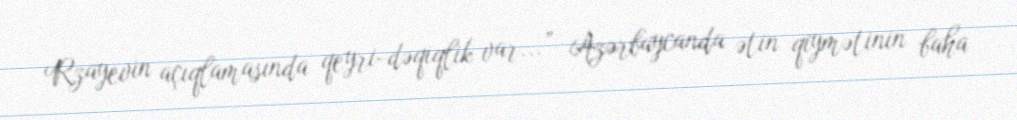
Rzayevin açıqlamasında qeyri-dəqiqlik var...” Azərbaycanda ətin qiymətinin baha